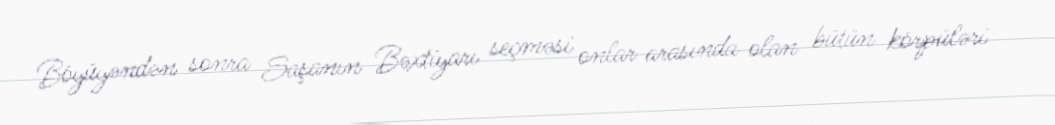
Böyüyəndən sonra Saşanın Bəxtiyarı seçməsi onlar arasında olan bütün körpüləri